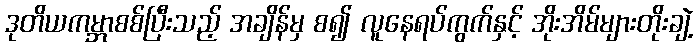
ဒုတိယကမ္ဘာစစ်ပြီးသည့် အချိန်မှ စ၍ လူနေရပ်ကွက်နှင့် အိုးအိမ်များတိုးချဲ့